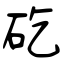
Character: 矻